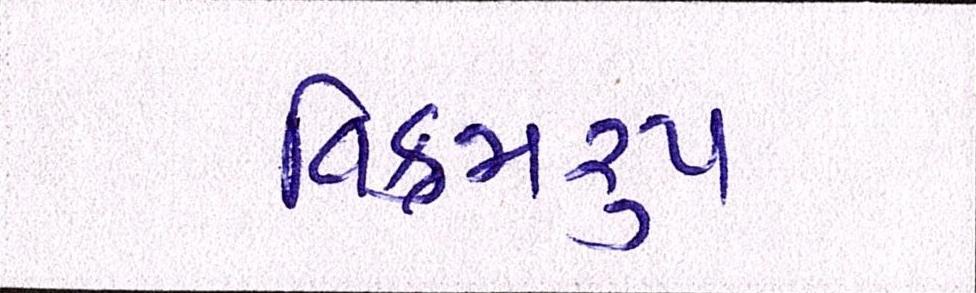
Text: વિક્રમરૃપ